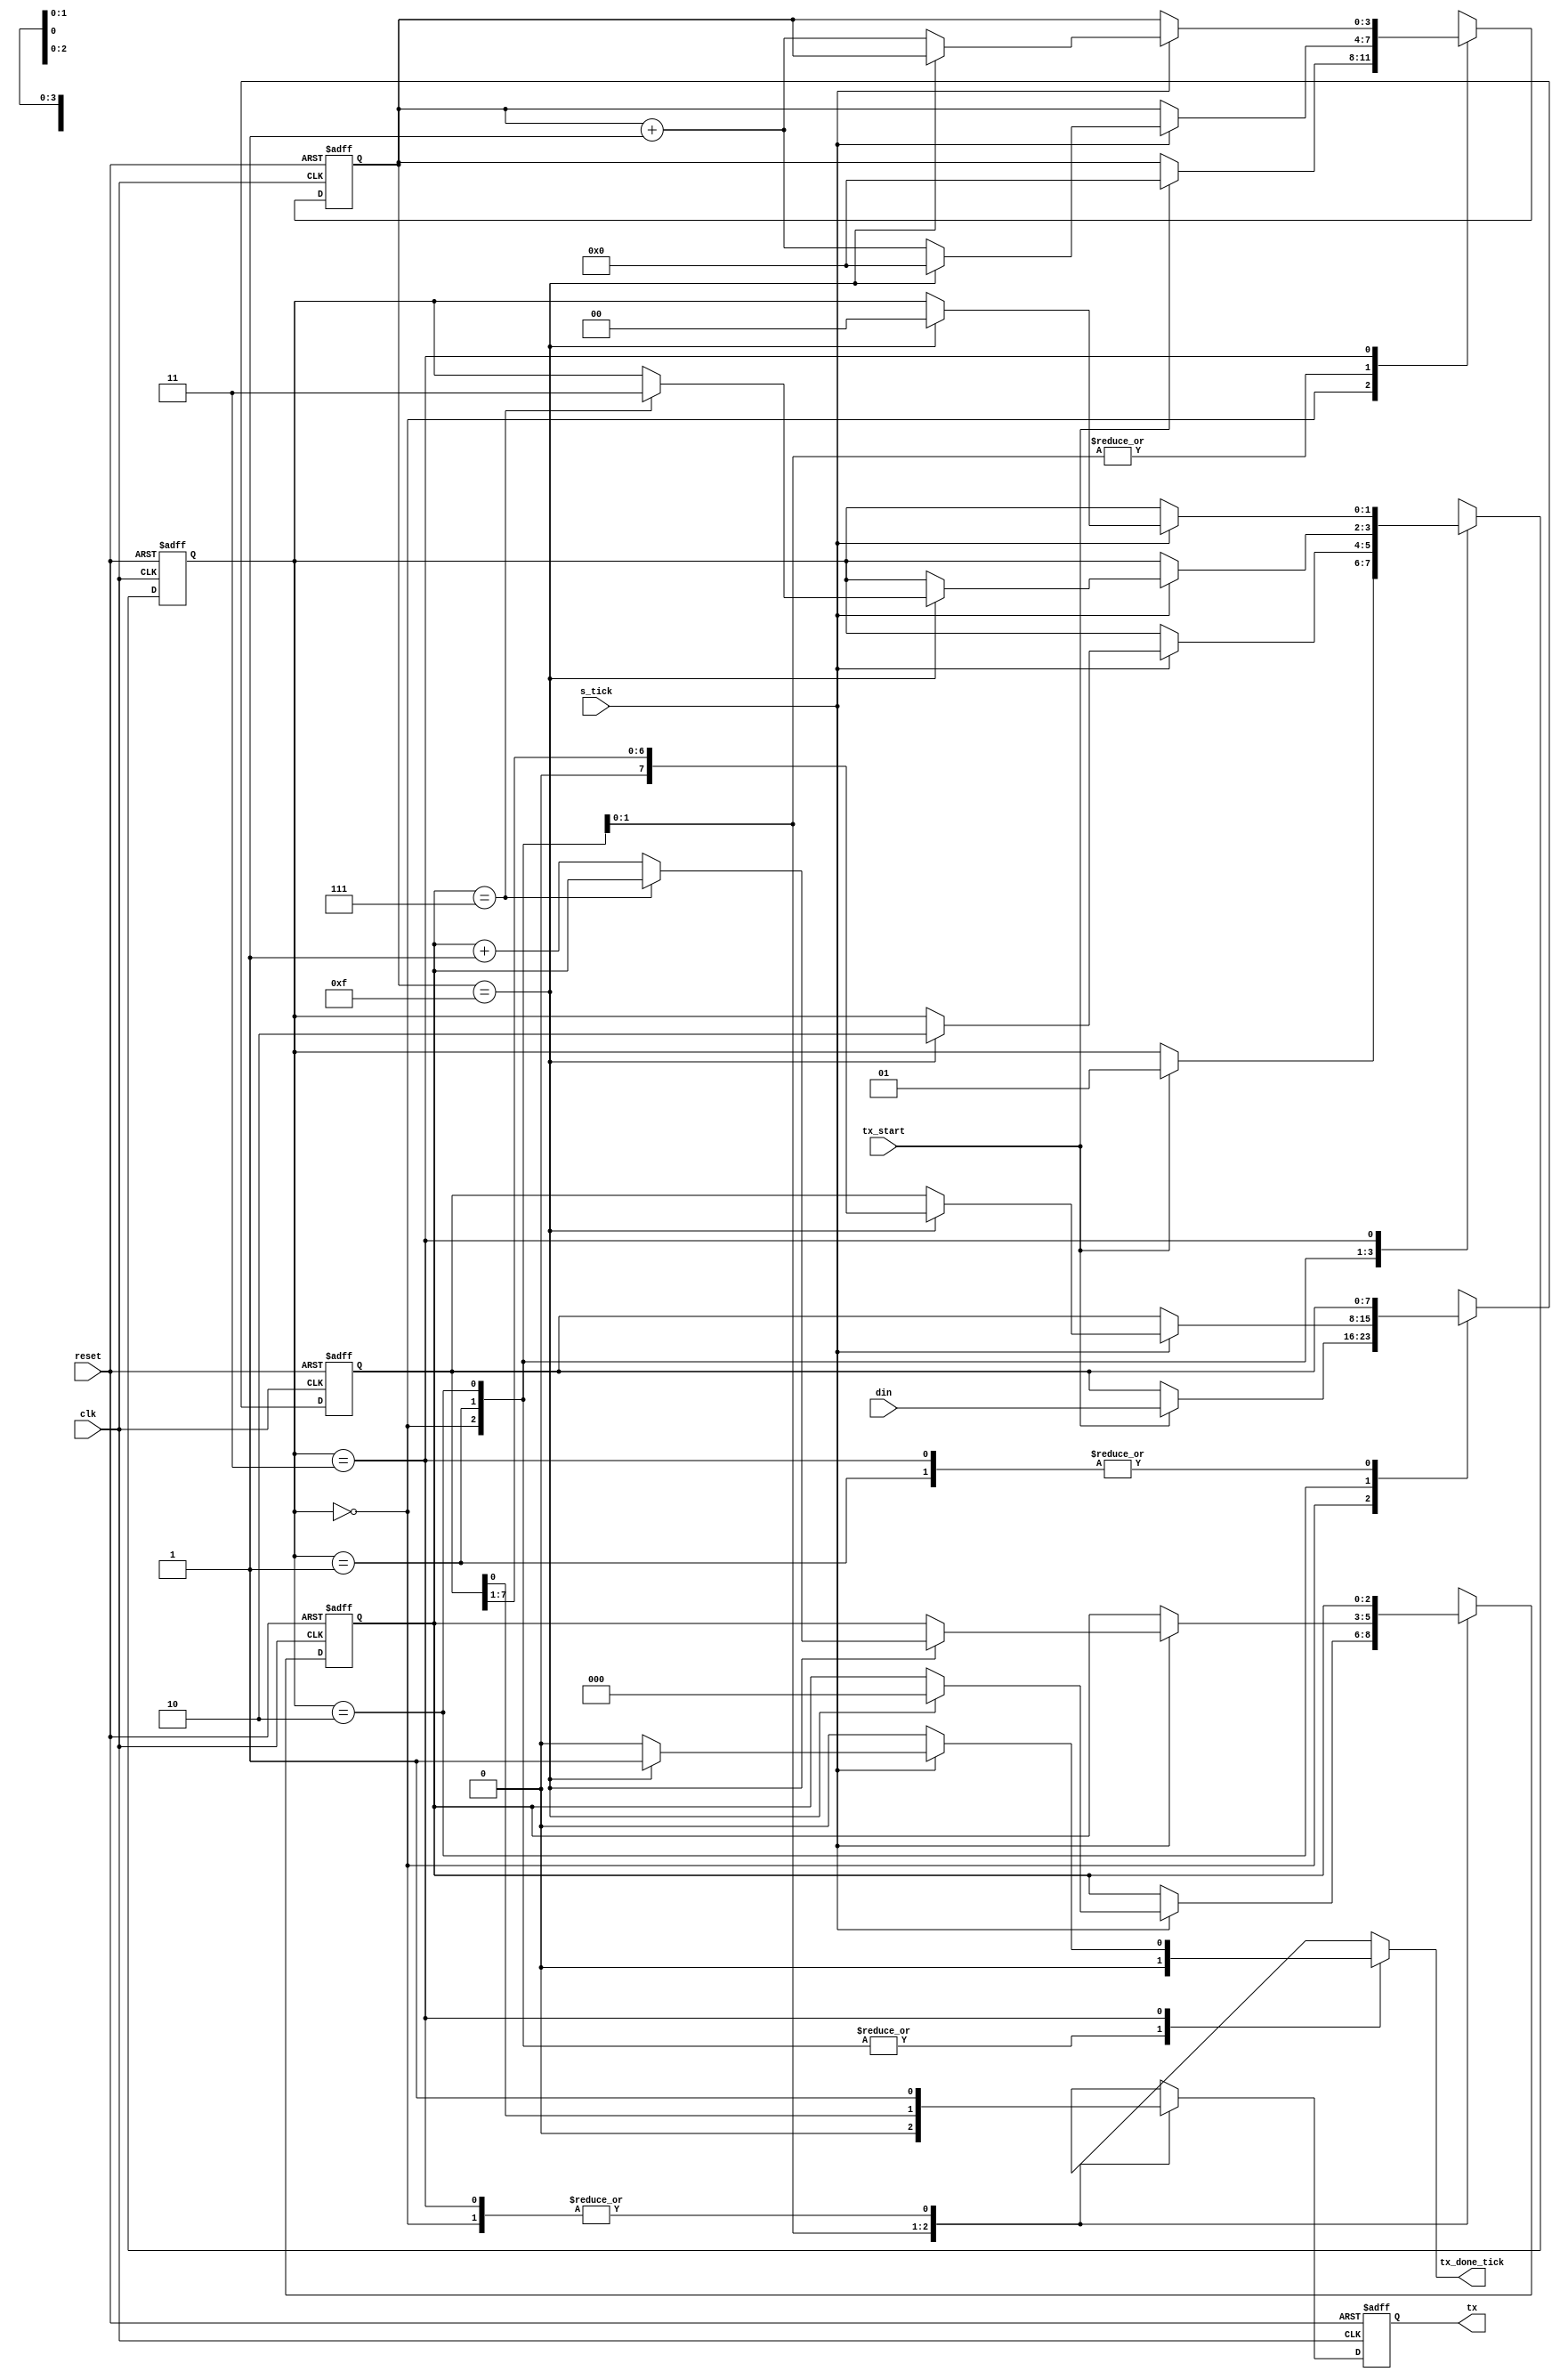
module uart_tx
    #(
	parameter D_BIT = 8,
		  SB_TICK = 16
     )
    (
	input wire clk, reset,
	input wire tx_start, s_tick,
	input wire [7 : 0] din,
	output reg tx_done_tick,
	output wire tx
    );
	
    // symbolic state declaration
    localparam [1 : 0]
	idle = 2'b00,
	start = 2'b01,
	data = 2'b10,
	stop = 2'b11;
    
    // signal declaration
    reg [1 : 0] state_reg, state_next;
    reg [3 : 0] s_reg, s_next;
    reg [2 : 0] n_reg, n_next;
    reg [7 : 0] b_reg, b_next;
    reg tx_reg, tx_next;

    // body
    // FSMD state and data registers
    always @(posedge clk, posedge reset)
	if(reset)
	    begin
		state_reg <= idle;
		s_reg <= 0;
		n_reg <= 0;
		b_reg <= 0;
		tx_reg = 1'b1;
	    end
	
	else
	    begin
		state_reg <= state_next;
		s_reg <= s_next;
		n_reg <= n_next;
		b_reg <= b_next;
		tx_reg <= tx_next;
	    end

    // FSMD next-state logic & functional units
    always @*
	begin
	    state_next = state_reg;
	    tx_done_tick = 1'b0;
	    s_next = s_reg;
	    n_next = n_reg;
	    b_next = b_reg;
	    tx_next = tx_reg;
	    case(state_reg)
		idle : 
		    begin
			tx_next = 1'b1;
			if(tx_start)
			    begin
				state_next = start;
				s_next = 0;
				b_next = din;
			    end
		    end

		start : 
		    begin
		    tx_next = 1'b0;
			if(s_tick)
			    if(s_reg == 15)
				begin
				    state_next = data;
				    s_next = 0;
				    n_next = 0;
				end
			    else
				s_next = s_reg + 1;
		    end

		data :
		    begin
			tx_next = b_reg[0];
			if(s_tick)
			    if(s_reg == 15)
				begin
				    s_next = 0;
				    b_next = b_reg >> 1;
				    if(n_reg == (D_BIT - 1))
					state_next = stop;
				    else
					n_next = n_reg + 1;
				end
			    else
				s_next = s_reg + 1;
		    end

		stop : 
		    begin
			tx_next = 1'b1;
			if(s_tick)
			    if(s_reg == (SB_TICK - 1))
				begin 
				    state_next = idle;
				    tx_done_tick = 1'b1;
				end
			else
			    s_next = s_reg + 1;
		    end
	    endcase
	end

    // output
    assign tx = tx_reg;
endmodule